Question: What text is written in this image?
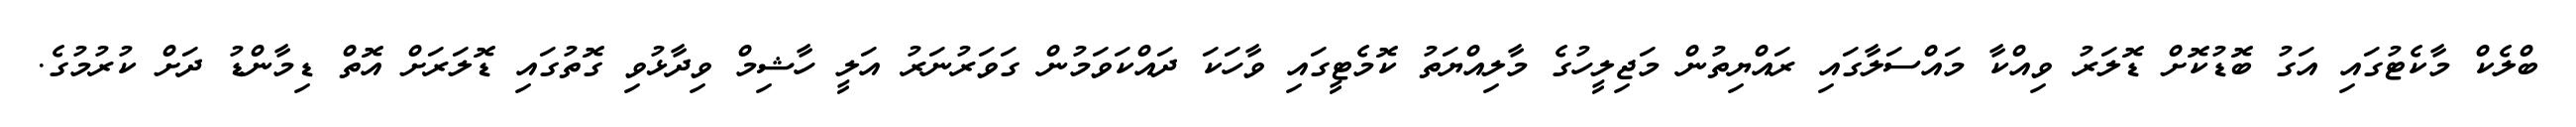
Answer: ބްލެކް މާކެޓުގައި އަގު ބޮޑުކޮށް ޑޮލަރު ވިއްކާ މައްސަލާގައި ރައްޔިތުން މަޖިލީހުގެ މާލިއްޔަތު ކޮމެޓީގައި ވާހަކަ ދައްކަވަމުން ގަވަރުނަރު އަލީ ހާޝިމް ވިދާޅުވި ގޮތުގައި ޑޮލަރަށް އޮތް ޑިމާންޑު ދަށް ކުރުމުގެ.